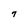
Character: 7